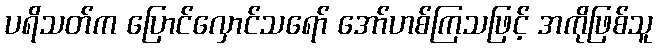
ပရိသတ်က ပြောင်လှောင်သရော် အော်ဟစ်ကြသဖြင့် အကိုဖြစ်သူ